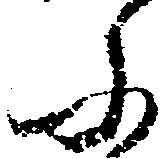
ふ